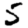
Digit: 5